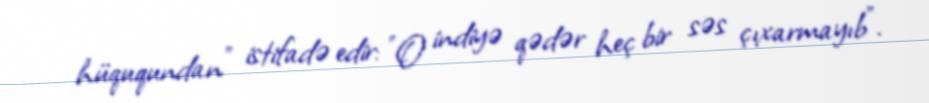
hüququndan" istifadə edir: "O indiyə qədər heç bir səs çıxarmayıb".